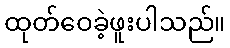
ထုတ်ဝေခဲ့ဖူးပါသည်။